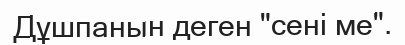
Дұшпанын деген "сені ме".